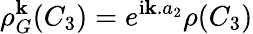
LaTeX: \rho_{G}^{\mathbf k}(C_{3})=e^{\mathrm{i}{\mathbf k}.a_{2}}\rho(C_{3})